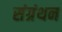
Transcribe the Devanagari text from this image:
संग्रंथन